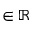
\in \mathbb { R }